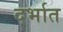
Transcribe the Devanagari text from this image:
दर्भात